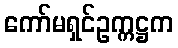
ကော်မရှင်ဥက္ကဋ္ဌက